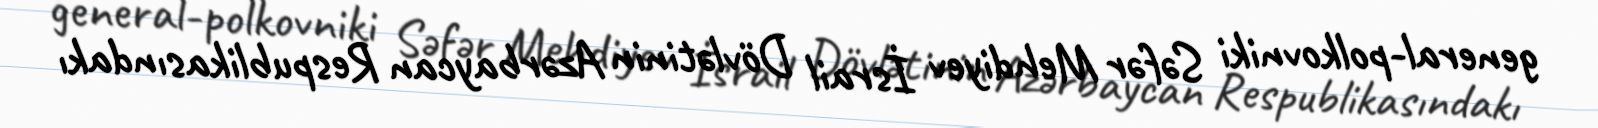
general-polkovniki Səfər Mehdiyev İsrail Dövlətinin Azərbaycan Respublikasındakı